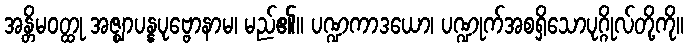
အန္တိမဝတ္ထု အဇ္ဈာပန္နပုဗ္ဗောနာမ၊ မည်၏။ ပဏ္ဍကာဒယော၊ ပဏ္ဍုက်အစရှိသောပုဂ္ဂိုလ်တို့ကို။